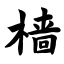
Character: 樯